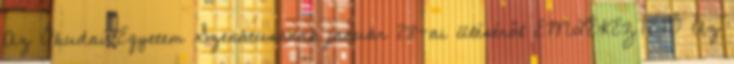
Az Óbudai Egyetem Szenátusának január 28-ai üléséről EMLÉKEZTETŐ Az